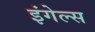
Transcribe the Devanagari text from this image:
इंगेल्स